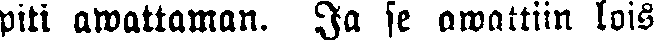
piti awattaman. Ja se awattiin lois